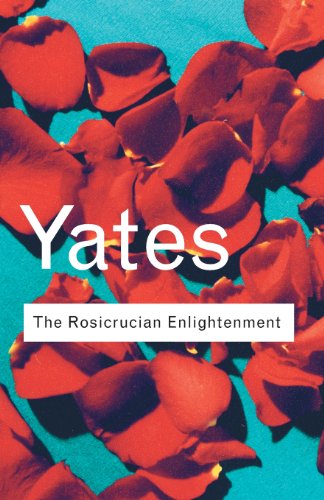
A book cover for The Rosicrucian Enlightenment (Routledge Classics); Frances Yates; Politics & Social Sciences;